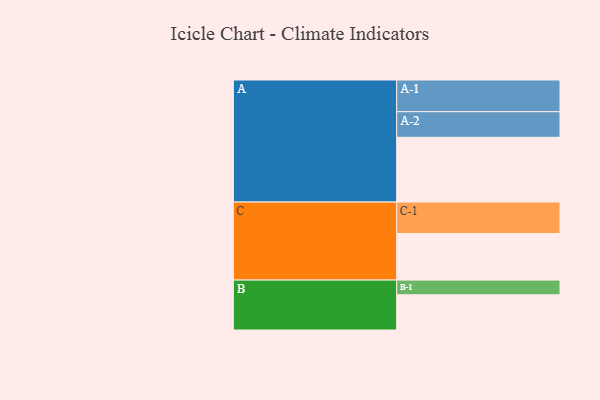
{"axis": {"x": "Segment", "y": "Value"}, "legend": ["", "A", "B", "C"], "data": [{"x": "A", "y": 562, "type": ""}, {"x": "B", "y": 306, "type": ""}, {"x": "C", "y": 404, "type": ""}, {"x": "A-1", "y": 275, "type": "A"}, {"x": "A-2", "y": 222, "type": "A"}, {"x": "B-1", "y": 127, "type": "B"}, {"x": "C-1", "y": 273, "type": "C"}]}